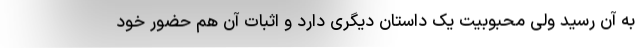
به آن رسید ولی محبوبیت یک داستان دیگری دارد و اثبات آن هم حضور خود